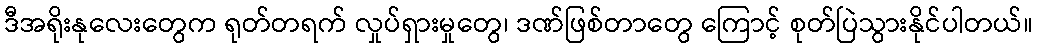
ဒီအရိုးနုလေးတွေက ရုတ်တရက် လှုပ်ရှားမှုတွေ၊ ဒဏ်ဖြစ်တာတွေ ကြောင့် စုတ်ပြဲသွားနိုင်ပါတယ်။